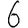
Digit: 6